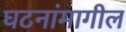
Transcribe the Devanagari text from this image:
घटनांमागील